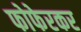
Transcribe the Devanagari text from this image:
फोफेरकर